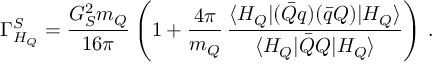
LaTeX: \Gamma _ { H _ { Q } } ^ { S } = \frac { G _ { S } ^ { 2 } m _ { Q } } { 1 6 \pi } \left( 1 + \frac { 4 \pi } { m _ { Q } } \, \frac { \langle H _ { Q } | ( \bar { Q } q ) ( \bar { q } Q ) | H _ { Q } \rangle } { \langle H _ { Q } | \bar { Q } Q | H _ { Q } \rangle } \right) \, .